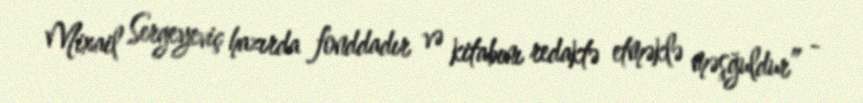
Mixail Sergeyeviç hazırda fonddadır və kitabını redaktə etməklə məşğuldur” -